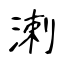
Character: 溂